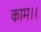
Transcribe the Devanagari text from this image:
काम।।